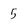
Character: 5